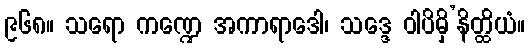
၉၆၈။ သရော ကဏ္ဍေ အကာရာဒေါ၊ သဒ္ဒေ ဝါပိမှိ’နိတ္ထိယံ။